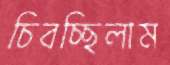
চিবচ্ছিলাম